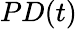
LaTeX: PD(t)